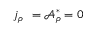
j _ { \rho } ^ { \mathrm { ~ \, ~ } } = \mathcal { A } _ { \rho } ^ { \ast } = 0